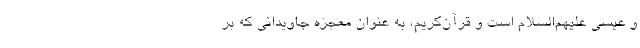
و عیسی علیهم‌السلام است و قرآن‌کریم، به عنوان معجزه جاویدانی که بر